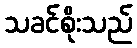
သခင်စိုးသည်